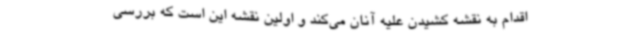
اقدام به نقشه کشیدن علیه آنان می‌کند و اولین نقشه این است که بررسی